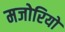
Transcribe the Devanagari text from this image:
मजोरियों